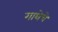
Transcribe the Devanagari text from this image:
गाथेचे